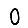
Digit: 0